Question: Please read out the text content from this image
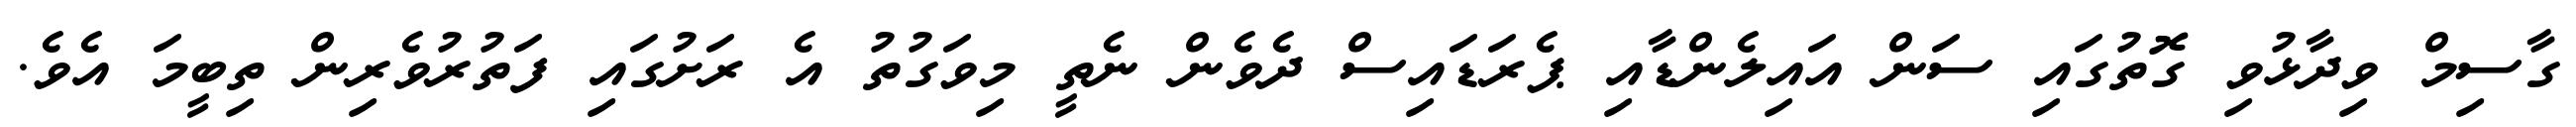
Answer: ގާސިމް ވިދާޅުވި ގޮތުގައި ސަން އައިލެންޑާއި ޕެރަޑައިސް ދެވެން ނެތީ މިވަގުތު އެ ރަށުގައި ފަތުރުވެރިން ތިބީމަ އެވެ.